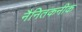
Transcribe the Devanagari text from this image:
नैनितकनीक